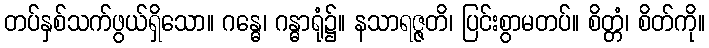
တပ်နှစ်သက်ဖွယ်ရှိသော။ ဂန္ဓေ၊ ဂန္ဓာရုံ၌။ နသာရဇ္ဇတိ၊ ပြင်းစွာမတပ်။ စိတ္တံ၊ စိတ်ကို။